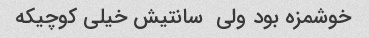
خوشمزه بود ولی  سانتیش خیلی کوچیکه